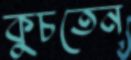
কুচতেন